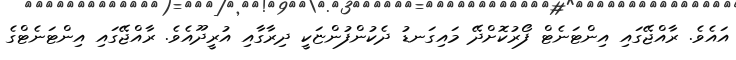
އައެވެ. ރާއްޖޭގައި އިންޓަނެޓް ފޯރުކޮށްދޭ މައިގަނޑު ދެކުންފުންޏަކީ ދިރާގާއި އުރީދޫއެވެ. ރާއްޖޭގައި އިންޓަނެޓްގެ